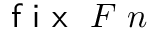
{ \textsf { f i x } } \ F \ n